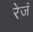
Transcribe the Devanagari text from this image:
रेजं